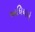
અધિયાએ